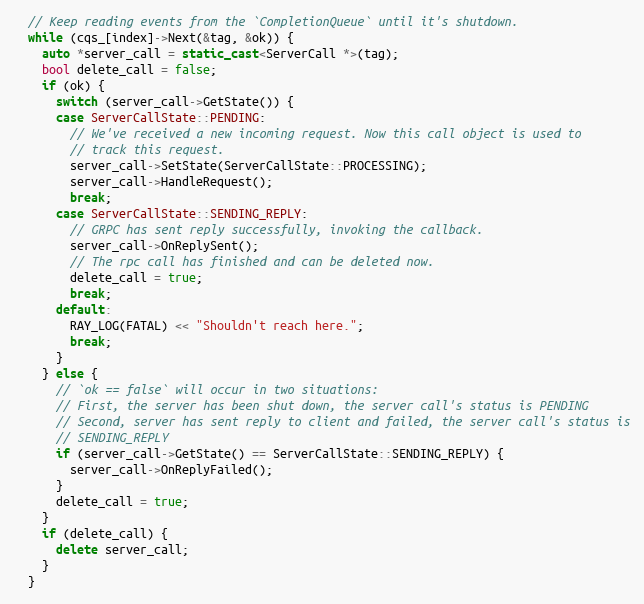
Language: C++
  // Keep reading events from the `CompletionQueue` until it's shutdown.
  while (cqs_[index]->Next(&tag, &ok)) {
    auto *server_call = static_cast<ServerCall *>(tag);
    bool delete_call = false;
    if (ok) {
      switch (server_call->GetState()) {
      case ServerCallState::PENDING:
        // We've received a new incoming request. Now this call object is used to
        // track this request.
        server_call->SetState(ServerCallState::PROCESSING);
        server_call->HandleRequest();
        break;
      case ServerCallState::SENDING_REPLY:
        // GRPC has sent reply successfully, invoking the callback.
        server_call->OnReplySent();
        // The rpc call has finished and can be deleted now.
        delete_call = true;
        break;
      default:
        RAY_LOG(FATAL) << "Shouldn't reach here.";
        break;
      }
    } else {
      // `ok == false` will occur in two situations:
      // First, the server has been shut down, the server call's status is PENDING
      // Second, server has sent reply to client and failed, the server call's status is
      // SENDING_REPLY
      if (server_call->GetState() == ServerCallState::SENDING_REPLY) {
        server_call->OnReplyFailed();
      }
      delete_call = true;
    }
    if (delete_call) {
      delete server_call;
    }
  }